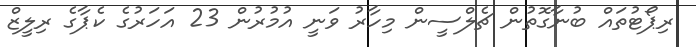
ރިޕޯޓުތައް ބުނާގޮތުން ޗެލްސީން މިހާރު ވަނީ އުމުރުން 23 އަހަރުގެ ކެޕާގެ ރިލީޒް